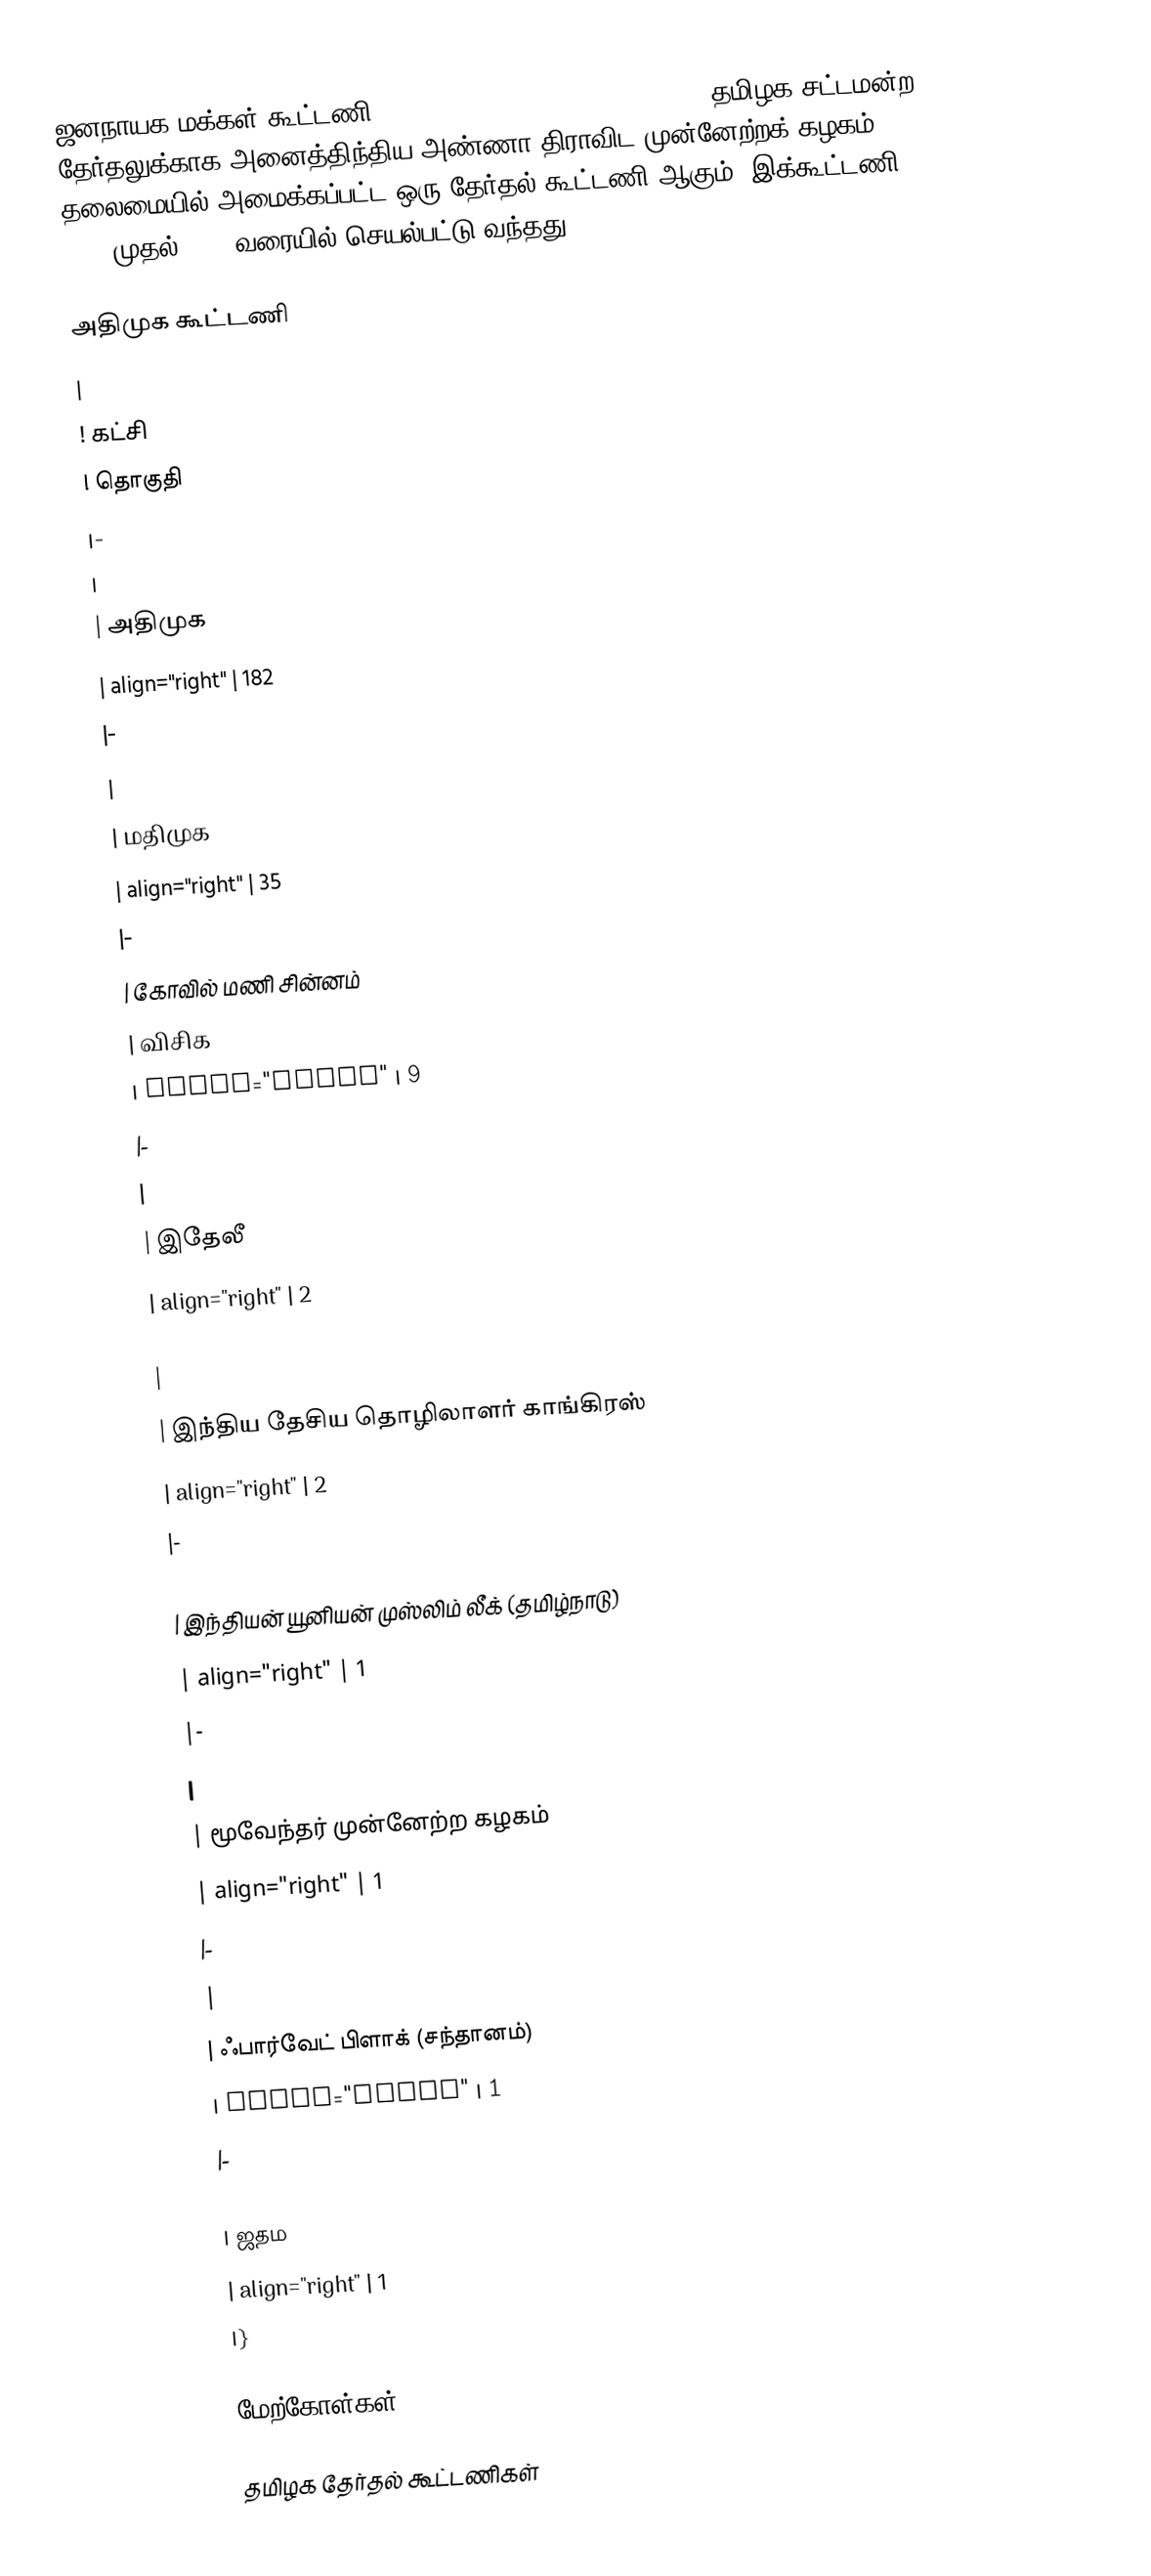
ஜனநாயக மக்கள் கூட்டணி (Democratic People Alliance) 2006 தமிழக சட்டமன்ற தேர்தலுக்காக அனைத்திந்திய அண்ணா திராவிட முன்னேற்றக் கழகம் தலைமையில் அமைக்கப்பட்ட ஒரு தேர்தல் கூட்டணி ஆகும். இக்கூட்டணி 2006 முதல் 2009 வரையில் செயல்பட்டு வந்தது.

அதிமுக கூட்டணி
| 
! கட்சி
! தொகுதி
|-
|
| அதிமுக
| align="right" | 182
|-
|
| மதிமுக
| align="right" | 35
|-
| கோவில் மணி சின்னம்
| விசிக
| align="right" | 9
|-
|
| இதேலீ
| align="right" | 2
|-
|
| இந்திய தேசிய தொழிலாளர் காங்கிரஸ்
| align="right" | 2
|-
|
| இந்தியன் யூனியன் முஸ்லிம் லீக் (தமிழ்நாடு)
| align="right" | 1
|-
|
| மூவேந்தர் முன்னேற்ற கழகம்
| align="right" | 1
|-
|
| ஃபார்வேட் பிளாக் (சந்தானம்)
| align="right" | 1
|-
|
| ஜதம
| align="right" | 1
|}

மேற்கோள்கள்

தமிழக தேர்தல் கூட்டணிகள்